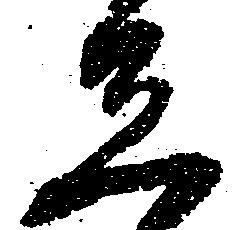
し